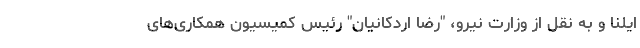
ایلنا و به نقل از وزارت نیرو، "رضا اردکانیان" رئیس کمیسیون همکاری‌های